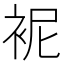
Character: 䘦